Annual administration and progress report of the Indian Medical Department, Bombay
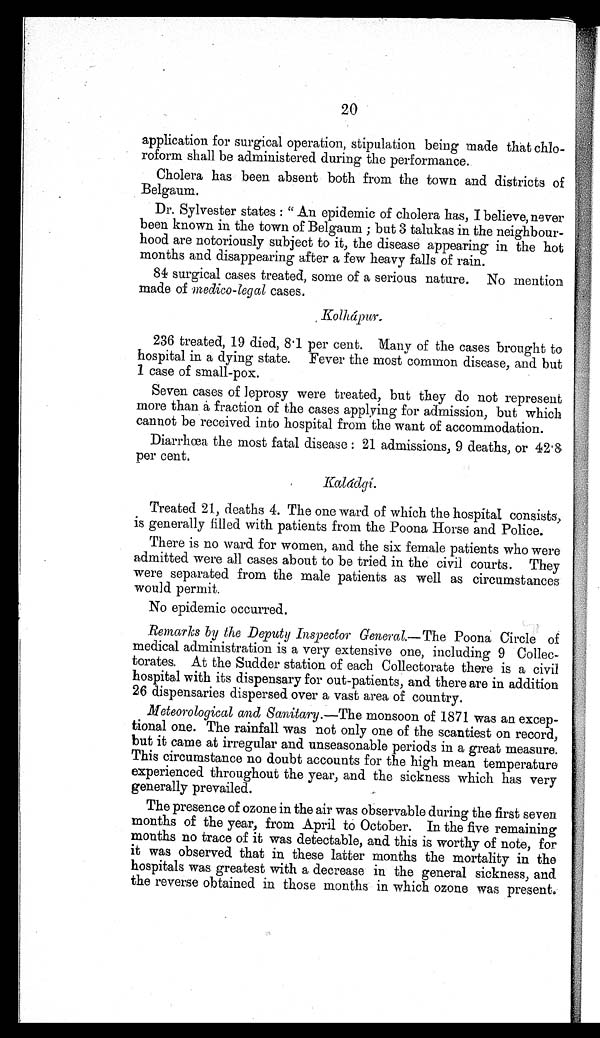
20
application for surgical operation, stipulation being made that chlo-
roform shall be administered during the performance.
Cholera has been absent both from the town and districts of
Belgaum.
Dr. Sylvester states : " An epidemic of cholera has, I believe, never
been known in the town of Belgaum ; but 3 talukas in the neighbour-
hood are notoriously subject to it, the disease appearing in the hot
months and disappearing after a few heavy falls of rain.
84 surgical cases treated, some of a serious nature. No mention
made of medico-legal cases.
Kolhápur.
236 treated, 19 died, 8.1 per cent. Many of the cases brought to
hospital in a dying state. Fever the most common disease, and but
1 case of small-pox.
Seven cases of leprosy were treated, but they do not represent
more than a fraction of the cases applying for admission, but which
cannot be received into hospital from the want of accommodation.
Diarrhœa the most fatal disease : 21 admissions, 9 deaths, or 42.8
per cent.
Kaládgi.
Treated 21, deaths 4. The one ward of which the hospital consists,
is generally filled with patients from the Poona Horse and Police.
There is no ward for women, and the six female patients who were
admitted were all cases about to be tried in the civil courts. They
were separated from the male patients as well as circumstances
would permit.
No epidemic occurred.
Remarks by the Deputy Inspector General.— The Poona Circle of
medical administration is a very extensive one, including 9 Collec-
torates. At the Sudder station of each Collectorate there is a civil
hospital with its dispensary for out-patients, and there are in addition
26 dispensaries dispersed over a vast area of country.
Meteorological and Sanitary. —The monsoon of 1871 was an excep-
tional one. The rainfall was not only one of the scantiest on record,
but it came at irregular and unseasonable periods in a great measure.
This circumstance no doubt accounts for the high mean temperature
experienced throughout the year, and the sickness which has very
generally prevailed.
The presence of ozone in the air was observable during the first seven
months of the year, from April to October. In the five remaining
months no trace of it was detectable, and this is worthy of note, for
it was observed that in these latter months the mortality in the
hospitals was greatest with a decrease in the general sickness, and
the reverse obtained in those months in which ozone was present.